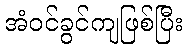
အံဝင်ခွင်ကျဖြစ်ပြီး